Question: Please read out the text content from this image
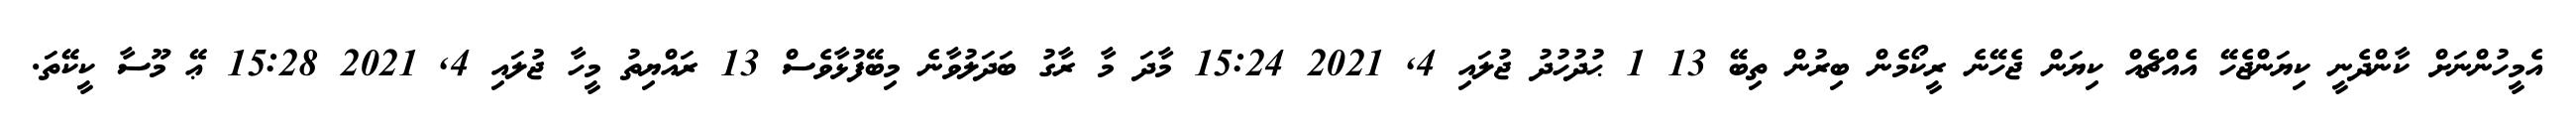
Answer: އެމީހުންނަށް ކާންދެނީ ކިޔަންޖެހޭ އެއްޗެއް ކިޔަން ޖެހޭނެ ރީކޯމެން ބިރުން ތިބޭ 13 1 ޙުދުހުދު ޖުލައި 4, 2021 15:24 މާދަ މާ ރާގު ބަދަލުވާނެ މިބޭފުޅާވެސް 13 ރައްޔިތު މީހާ ޖުލައި 4, 2021 15:28 ޢޭ މޫސާ ކީކޭތަ.